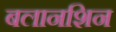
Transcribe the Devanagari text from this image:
बलानशिन